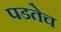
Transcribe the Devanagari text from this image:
पडतेच